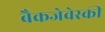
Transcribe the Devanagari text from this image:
बैकजेवेस्की